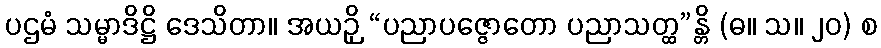
ပဌမံ သမ္မာဒိဋ္ဌိ ဒေသိတာ။ အယဉှိ “ပညာပဇ္ဇောတော ပညာသတ္ထ”န္တိ (ဓ။ သ။ ၂၀) စ